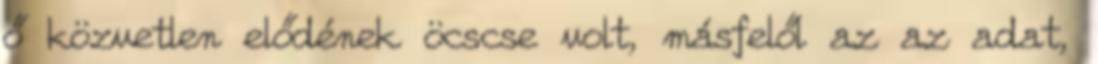
ő közvetlen elődének öcscse volt, másfelől az az adat,